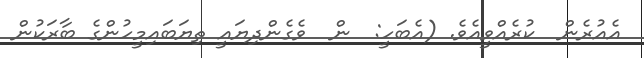
އެއުރެން  ކުރެއްވީއެވެ. (އެބަހީ:  ން  ވެގެންދިޔައީ ތިޔަބައިމީހުންގެ ބާރަކުން